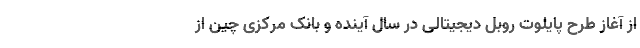
از آغاز طرح پایلوت روبل دیجیتالی در سال آینده و بانک مرکزی چین از